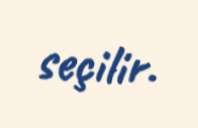
seçilir.